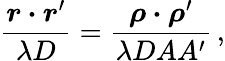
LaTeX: {\frac{\boldsymbol r\boldsymbol\cdot\boldsymbol r^{\prime}}{\lambda D}}={\frac{\boldsymbol\rho\boldsymbol\cdot\boldsymbol\rho^{\prime}}{\lambda DAA^{\prime}}}\, ,